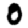
Digit: 0